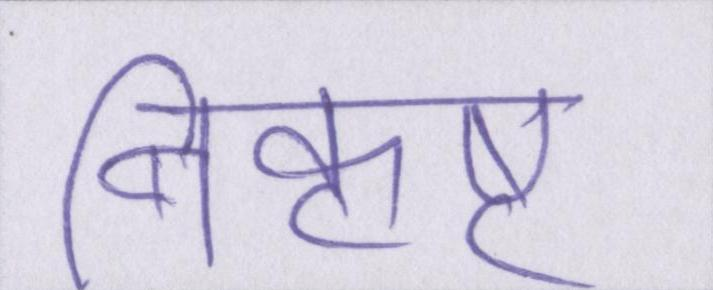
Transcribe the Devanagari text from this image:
निकृष्ट